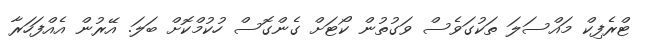
ޓްރެފިކް މައްސަލަ ތަކުގަވެސް ވަގުތުން ކޯޓަށް ގެންގޮސް ހުކުމްކޮށް ބަލަ. އޭރުން އެއްފަހަރާ